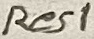
Text: Res1